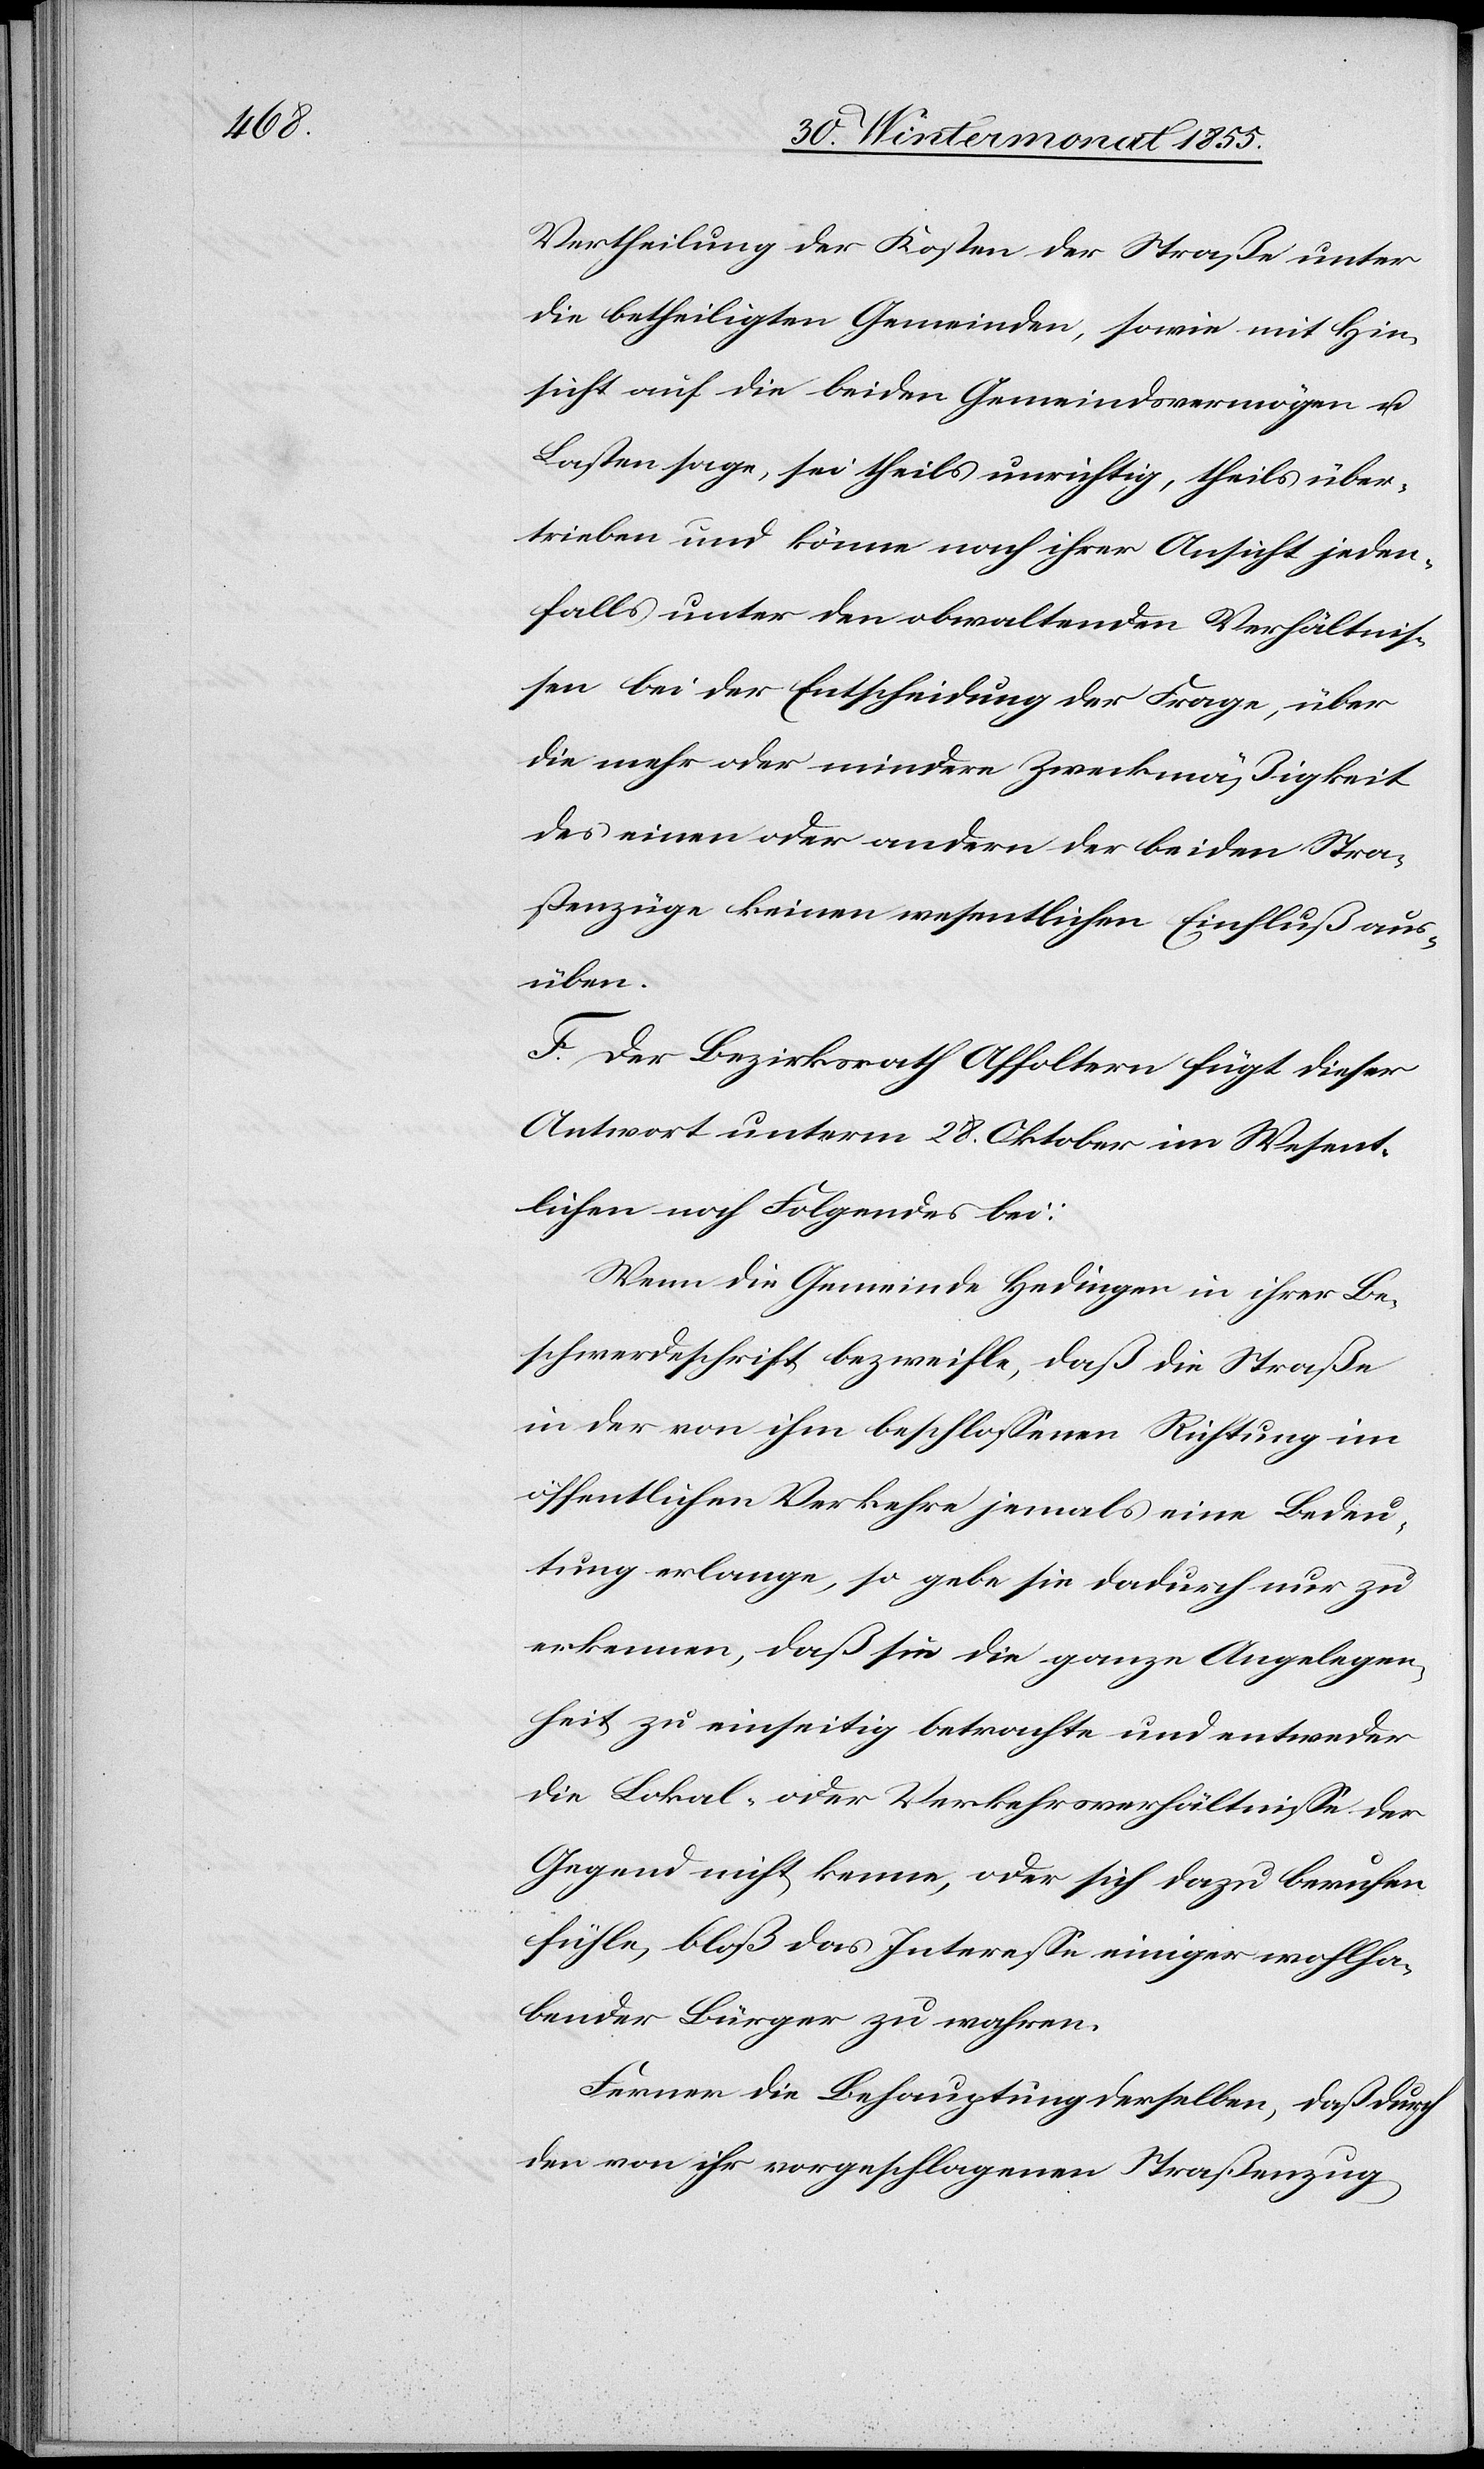
Vertheilung der Kosten der Straße unter
die betheiligten Gemeinden, sowie mit Hin¬
sicht auf die beiden Gemeindsvermögen u.
Lasten sage, sei theils unrichtig, theils über¬
trieben und könne nach ihrer Ansicht jeden¬
falls unter den obwaltenden Verhältnis¬
sen bei der Entscheidung der Frage, über
die mehr oder mindere Zweckmäßigkeit
des einen oder andern der beiden Stra¬
ßenzüge keinen wesentlichen Einfluß aus¬
üben.
F. Der Bezirksrath Affoltern fügt dieser
Antwort unterm 28. Oktober im Wesent¬
lichen noch Folgendes bei:
Wenn die Gemeinde Hedingen in ihrer Be¬
schwerdeschrift bezweifle, daß die Straße
in der von ihm beschlossenen Richtung im
öffentlichen Verkehre jemals eine Bedeu¬
tung erlange, so gebe sie dadurch nur zu
erkennen, daß sie die ganze Angelegen¬
heit zu einseitig betrachte und entweder
die Lokal- oder Verkehrsverhältnisse der
Gegend nicht kenne, oder sich dazu berufen
fühle, bloß das Interesse einiger wohlha¬
bender Bürger zu wahren.
Ferner die Behauptung derselben, daß durch
den von ihr vorgeschlagenen Straßenzug